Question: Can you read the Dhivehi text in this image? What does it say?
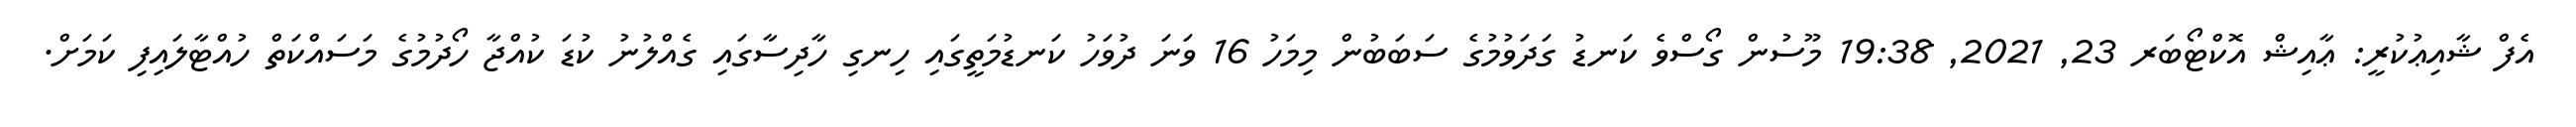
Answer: އެފް ޝާއިޢުކުރީ: ޢާއިޝް އޮކްޓޯބަރ 23, 2021, 19:38 މޫސުން ގޯސްވެ ކަނޑު ގަދަވުމުގެ ސަބަބުން މިމަހު 16 ވަނަ ދުވަހު ކަނޑުމަތީގައި ހިނގި ހާދިސާގައި ގެއްލުނު ކުޑަ ކުއްޖާ ހޯދުމުގެ މަސައްކަތް ހުއްޓާލައިފި ކަމަށް.